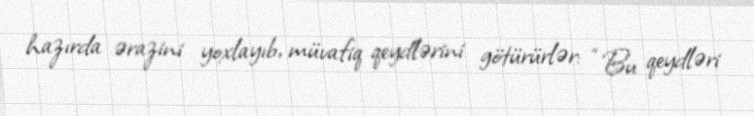
hazırda ərazini yoxlayıb, müvafiq qeydlərini götürürlər: “Bu qeydləri